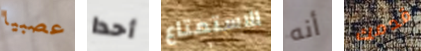
عصبيا أحدا الاستمتاع أنه قدمك